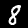
Digit: 8